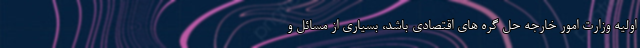
اولیه وزارت امور خارجه حل گره های اقتصادی باشد، بسیاری از مسائل و